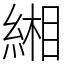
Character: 緗